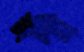
ঈদী